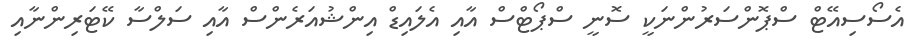
އެސޯސިއޭޓް ސްޕޮންސަރުންނަކީ ސޮނީ ސްޕޯޓްސް އާއި އެލައިޑް އިންޝުއަރެންސް އާއި ސަލްސާ ކޭޓަރިންނާއި